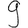
Digit: 9